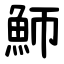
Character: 魳